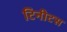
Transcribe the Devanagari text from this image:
टिनीटस